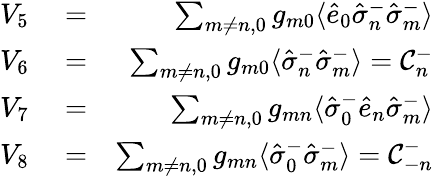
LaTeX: \begin{array}{rlr}{V_{5}}&{{}=}&{\sum_{m\neq n,0}g_{m0}\langle\hat{e}_{0}\hat{\sigma}_{n}^{-}\hat{\sigma}_{m}^{-}\rangle}\\ {V_{6}}&{{}=}&{\sum_{m\neq n,0}g_{m0}\langle\hat{\sigma}_{n}^{-}\hat{\sigma}_{m}^{-}\rangle={\cal C}_{n}^{-}}\\ {V_{7}}&{{}=}&{\sum_{m\neq n,0}g_{mn}\langle\hat{\sigma}_{0}^{-}\hat{e}_{n}\hat{\sigma}_{m}^{-}\rangle}\\ {V_{8}}&{{}=}&{\sum_{m\neq n,0}g_{mn}\langle\hat{\sigma}_{0}^{-}\hat{\sigma}_{m}^{-}\rangle={\cal C}_{-n}^{-}}\end{array}